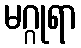
မဂ္ဂုရာ